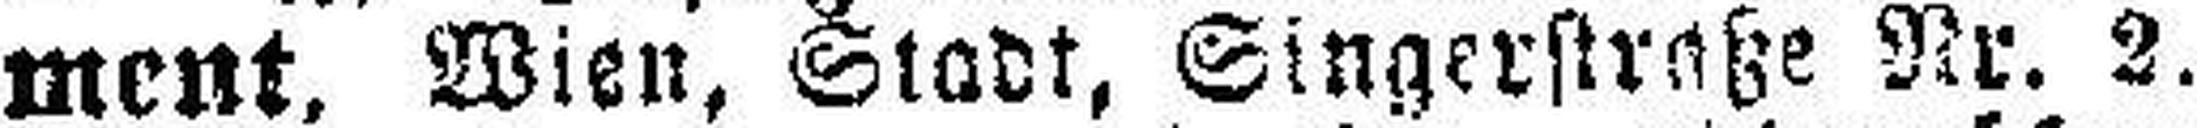
ment. Wien, Stadt, Singerstraße Nr. 2.